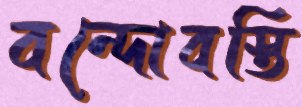
বন্দোবস্তি